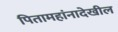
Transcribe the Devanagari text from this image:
पितामहांनादेखील